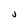
Character: J